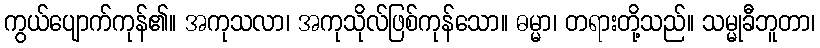
ကွယ်ပျောက်ကုန်၏။ အကုသလာ၊ အကုသိုလ်ဖြစ်ကုန်သော။ ဓမ္မာ၊ တရားတို့သည်။ သမ္မုခီဘူတာ၊